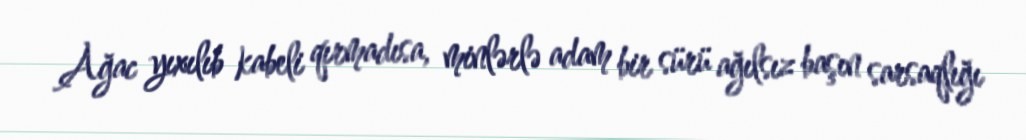
Ağac yıxılıb kabeli qırmadısa, minlərlə adam bir sürü ağılsız başın sarsaqlığı